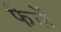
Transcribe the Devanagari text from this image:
फैलें